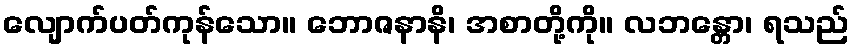
လျောက်ပတ်ကုန်သော။ ဘောဇနာနိ၊ အစာတို့ကို။ လဘန္တော၊ ရသည်